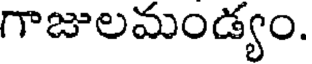
గాజులమండ్యం.